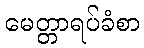
မေတ္တာရပ်ခံစာ